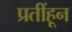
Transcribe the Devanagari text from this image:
प्रतींहून